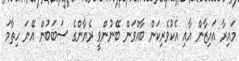
މައިރާ އައިޒާން އާއި އެކުވެރިކަން ބާއްވަން ބޭނުންވީ ރެޔާންގެ ސަބަބުން އޭނަ ހިތާމަ